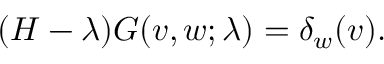
( H - \lambda ) G ( v , w ; \lambda ) = \delta _ { w } ( v ) .